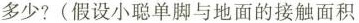
多少?(假设小聪单脚与地面的接触面积